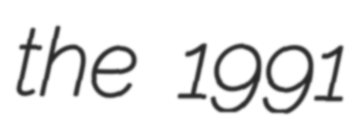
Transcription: the 1991